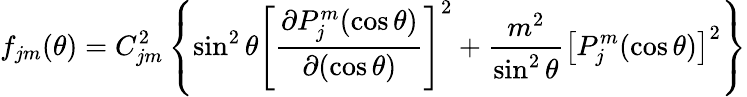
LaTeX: f_{jm}(\theta)=C_{jm}^{2}\left\{ \sin^{2}\theta\left[\frac{\partial P_{j}^{m}(\cos\theta)}{\partial(\cos\theta)}\right]^{2}+\frac{m^{2}}{\sin^{2}\theta}\left[P_{j}^{m}(\cos\theta)\right]^{2}\right\}